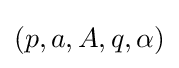
(p,a,A,q,\alpha )